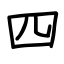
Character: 四